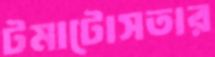
টমাটোসতার